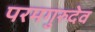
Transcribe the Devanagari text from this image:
परमगुरुदेव